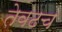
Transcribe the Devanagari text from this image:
तेवढच